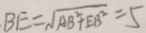
B E = \sqrt { A B ^ { 2 } + E B ^ { 2 } } = 5